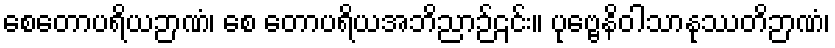
စေတောပရိယဉာဏံ၊ စေ တောပရိယအဘိညာဉ်၎င်း။ ပုဗ္ဗေနိဝါသာနုဿတိဉာဏံ၊